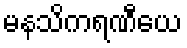
မနသိကရဏီယေ